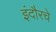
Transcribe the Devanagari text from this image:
इंदौरचे